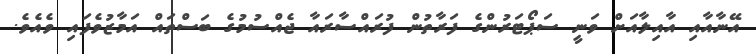
އޭނާއާއި އާއިލާއަށް ވަނީ ސަޕޯޓަރުންގެ ފަރާތުން ފުރައްސާރައާ ޖެއްސުމުގެ ބަސްތައް އަމާޒުވެފައި ވެއެވެ.